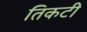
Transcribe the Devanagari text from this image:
तिकटी